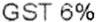
GST 6%